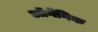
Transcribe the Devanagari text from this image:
ऑर्गॅनिक